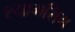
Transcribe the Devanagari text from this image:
श्यामसिंग